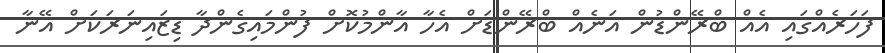
ފަހަރެއްގައި އެއް ބްރޭންޑުން އަނެއް ބްރޭންޑަށް އެހާ އާންމުކޮށް ފުންމައިގެންދާ ޑިޒައިނަރަކަށް އޭނާ